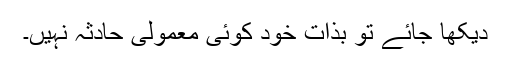
دیکھا جائے تو بذات خود کوئی معمولی حادثہ نہیں۔